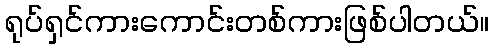
ရုပ်ရှင်ကားကောင်းတစ်ကားဖြစ်ပါတယ်။